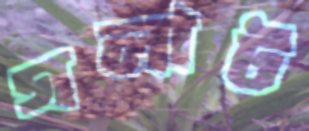
গলাট